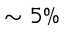
\sim 5 \%